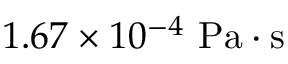
1 . 6 7 \times 1 0 ^ { - 4 } \ \mathrm { P a \cdot s }